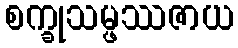
စက္ခုသမ္ဖဿဇာယ